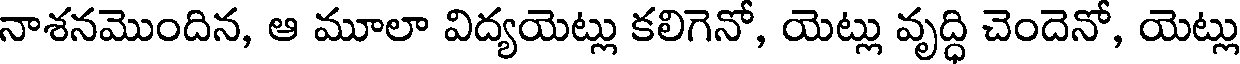
నాశనమొందిన, ఆ మూలా విద్యయెట్లు కలిగెనో, యెట్లు వృద్ధి చెందెనో, యెట్లు